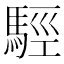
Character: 𩣪